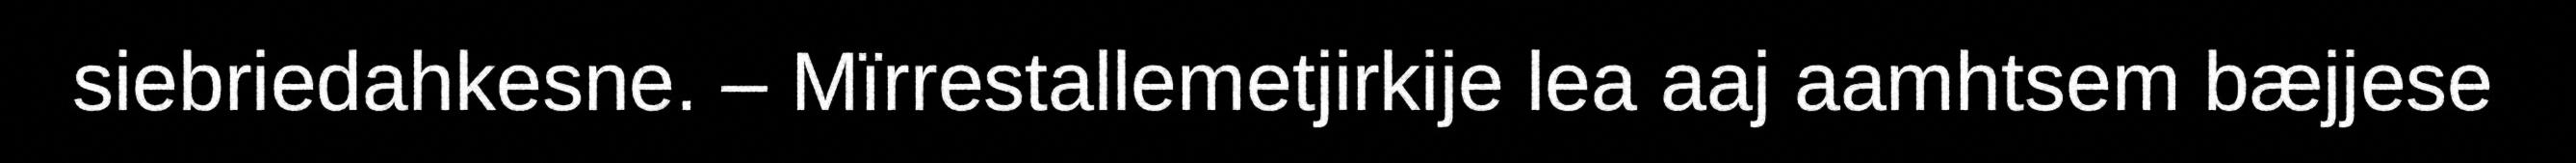
siebriedahkesne. – Mïrrestallemetjirkije lea aaj aamhtsem bæjjese